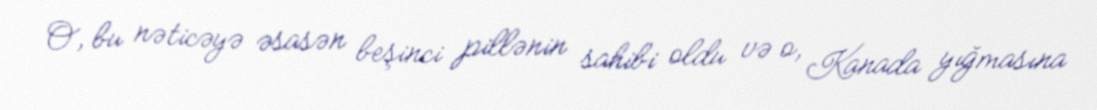
O, bu nəticəyə əsasən beşinci pillənin sahibi oldu və o, Kanada yığmasına